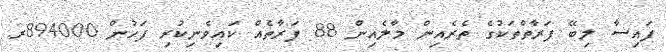
ފައިސާ ލިބޭ ފަރާތްތަކުގެ ތެރެއިން މާލެއިން 88 ފަރާތެއް ކައިވެނިކުރި ފަހުން 894000ރ.